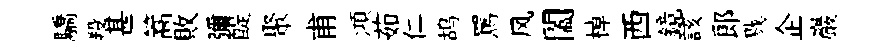
驕羖甚篙敗彌醍聚甫澒茹仁鸪罵风闔棹西鏡該郞戮企巖